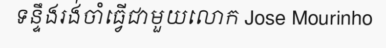
ទន្ទឹងរង់ចាំធ្វើជាមួយលោក Jose Mourinho